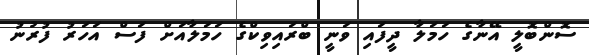
ސޮންބޮލީ އޭނާގެ ހަމަލާ ދީފައި ވަނީ ބްރައިވިކްގެ ހަމަލާއަށް ފަސް އަހަރު ފުރުނު